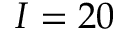
I = 2 0